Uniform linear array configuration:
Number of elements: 4
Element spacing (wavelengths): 0.75
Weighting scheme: binomial
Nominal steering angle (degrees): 30
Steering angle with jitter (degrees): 31.044
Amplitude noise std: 0.05
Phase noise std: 0.05

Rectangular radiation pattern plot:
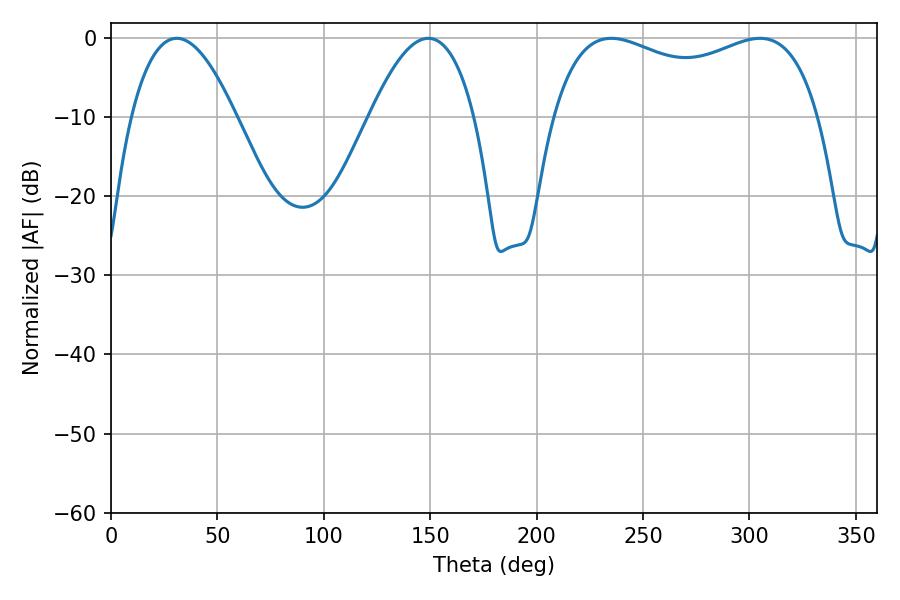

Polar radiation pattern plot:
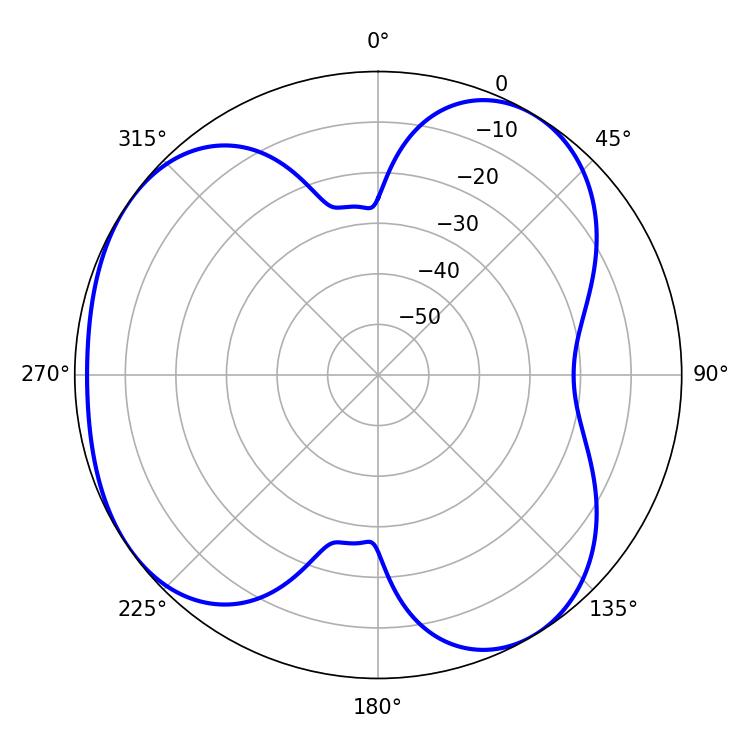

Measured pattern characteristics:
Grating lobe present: TRUE
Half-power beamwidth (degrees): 103.32
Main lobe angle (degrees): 235.08